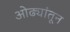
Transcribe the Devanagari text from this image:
ओढ्यांतून